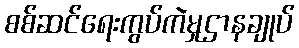
စစ်ဆင်ရေးကွပ်ကဲမှုဌာနချုပ်